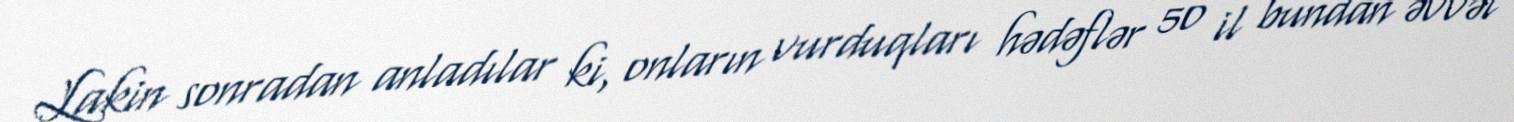
Lakin sonradan anladılar ki, onların vurduqları hədəflər 50 il bundan əvvəl